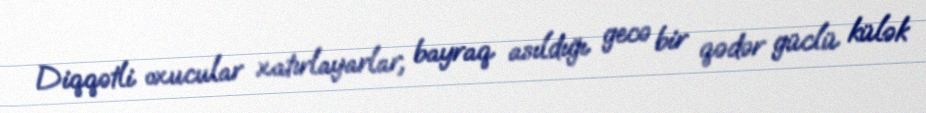
Diqqətli oxucular xatırlayarlar, bayraq asıldığı gecə bir qədər güclü külək